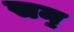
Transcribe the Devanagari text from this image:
सन॒